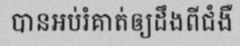
បានអប់រំគាត់ឲ្យដឹងពីជំងឺ